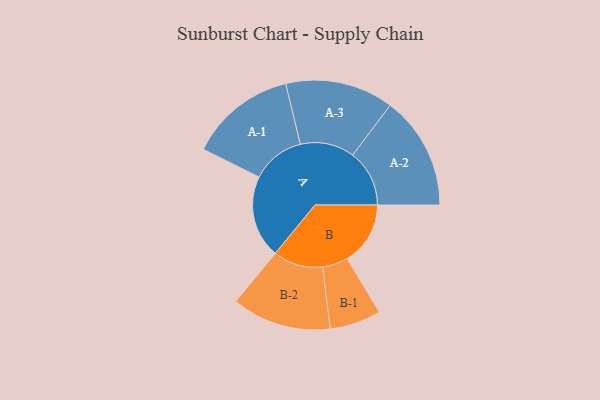
{"axis": {"x": "Segment", "y": "Value"}, "legend": ["", "A", "B"], "data": [{"x": "A", "y": 422, "type": ""}, {"x": "B", "y": 323, "type": ""}, {"x": "A-1", "y": 273, "type": "A"}, {"x": "A-2", "y": 290, "type": "A"}, {"x": "A-3", "y": 277, "type": "A"}, {"x": "B-1", "y": 131, "type": "B"}, {"x": "B-2", "y": 254, "type": "B"}]}